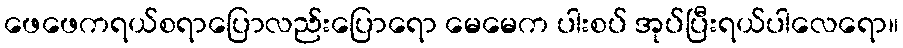
ဖေဖေကရယ်စရာပြောလည်းပြောရော မေမေက ပါးစပ် အုပ်ပြီးရယ်ပါလေရော။